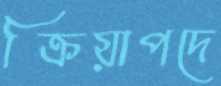
ক্রিয়াপদে